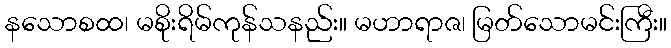
နသောစထ၊ မစိုးရိမ်ကုန်သနည်း။ မဟာရာဇ၊ မြတ်သောမင်းကြီး။